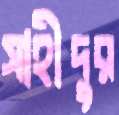
সাহীদুর